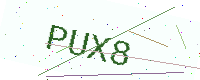
Text: PUX8